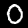
Label: 0